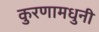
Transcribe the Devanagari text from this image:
कुरणामधुनी